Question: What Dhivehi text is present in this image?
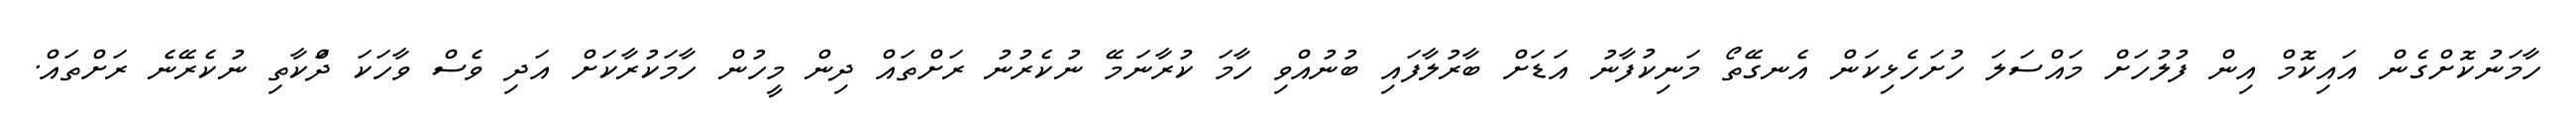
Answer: ހާމަނުކޮށްގެން އައިކޮމް އިން ފުލުހަށް މައްސަލަ ހުށަހެޅިކަން އެނގޭތޯ މަނިކުފާނު އަޑަށް ބާރުލާފައި ބުނުއްވި ހާމަ ކުރާނަމޭ ނުކެރުނު ރަށްތައް ދިން މީހުން ހާމަކުރާކަށް އަދި ވެސް ވާހަކަ ދަްކާތި ނުކެރޭނެ ރަށްތައް.